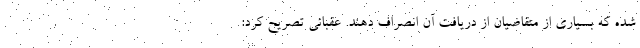
شده که بسیاری از متقاضیان از دریافت آن انصراف دهند. عقبائی تصریح کرد: